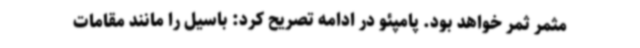
مثمر ثمر خواهد بود. پامپئو در ادامه تصریح کرد: باسیل را مانند مقامات